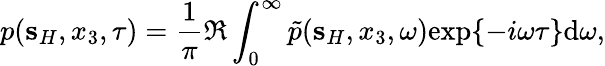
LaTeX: p({\mathbf s}_{H},x_{3},\tau)=\frac{1}{\pi}\Re\int_{0}^{\infty}\tilde{p}({\mathbf s}_{H},x_{3},\omega)\mathrm{exp}\{ -i\omega\tau\} \mathrm{d}\omega,